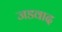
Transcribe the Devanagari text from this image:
जडवाद